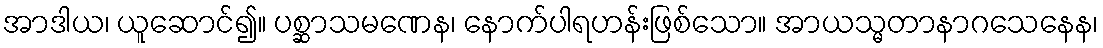
အာဒါယ၊ ယူဆောင်၍။ ပစ္ဆာသမဏေန၊ နောက်ပါရဟန်းဖြစ်သော။ အာယသ္မတာနာဂသေနေန၊